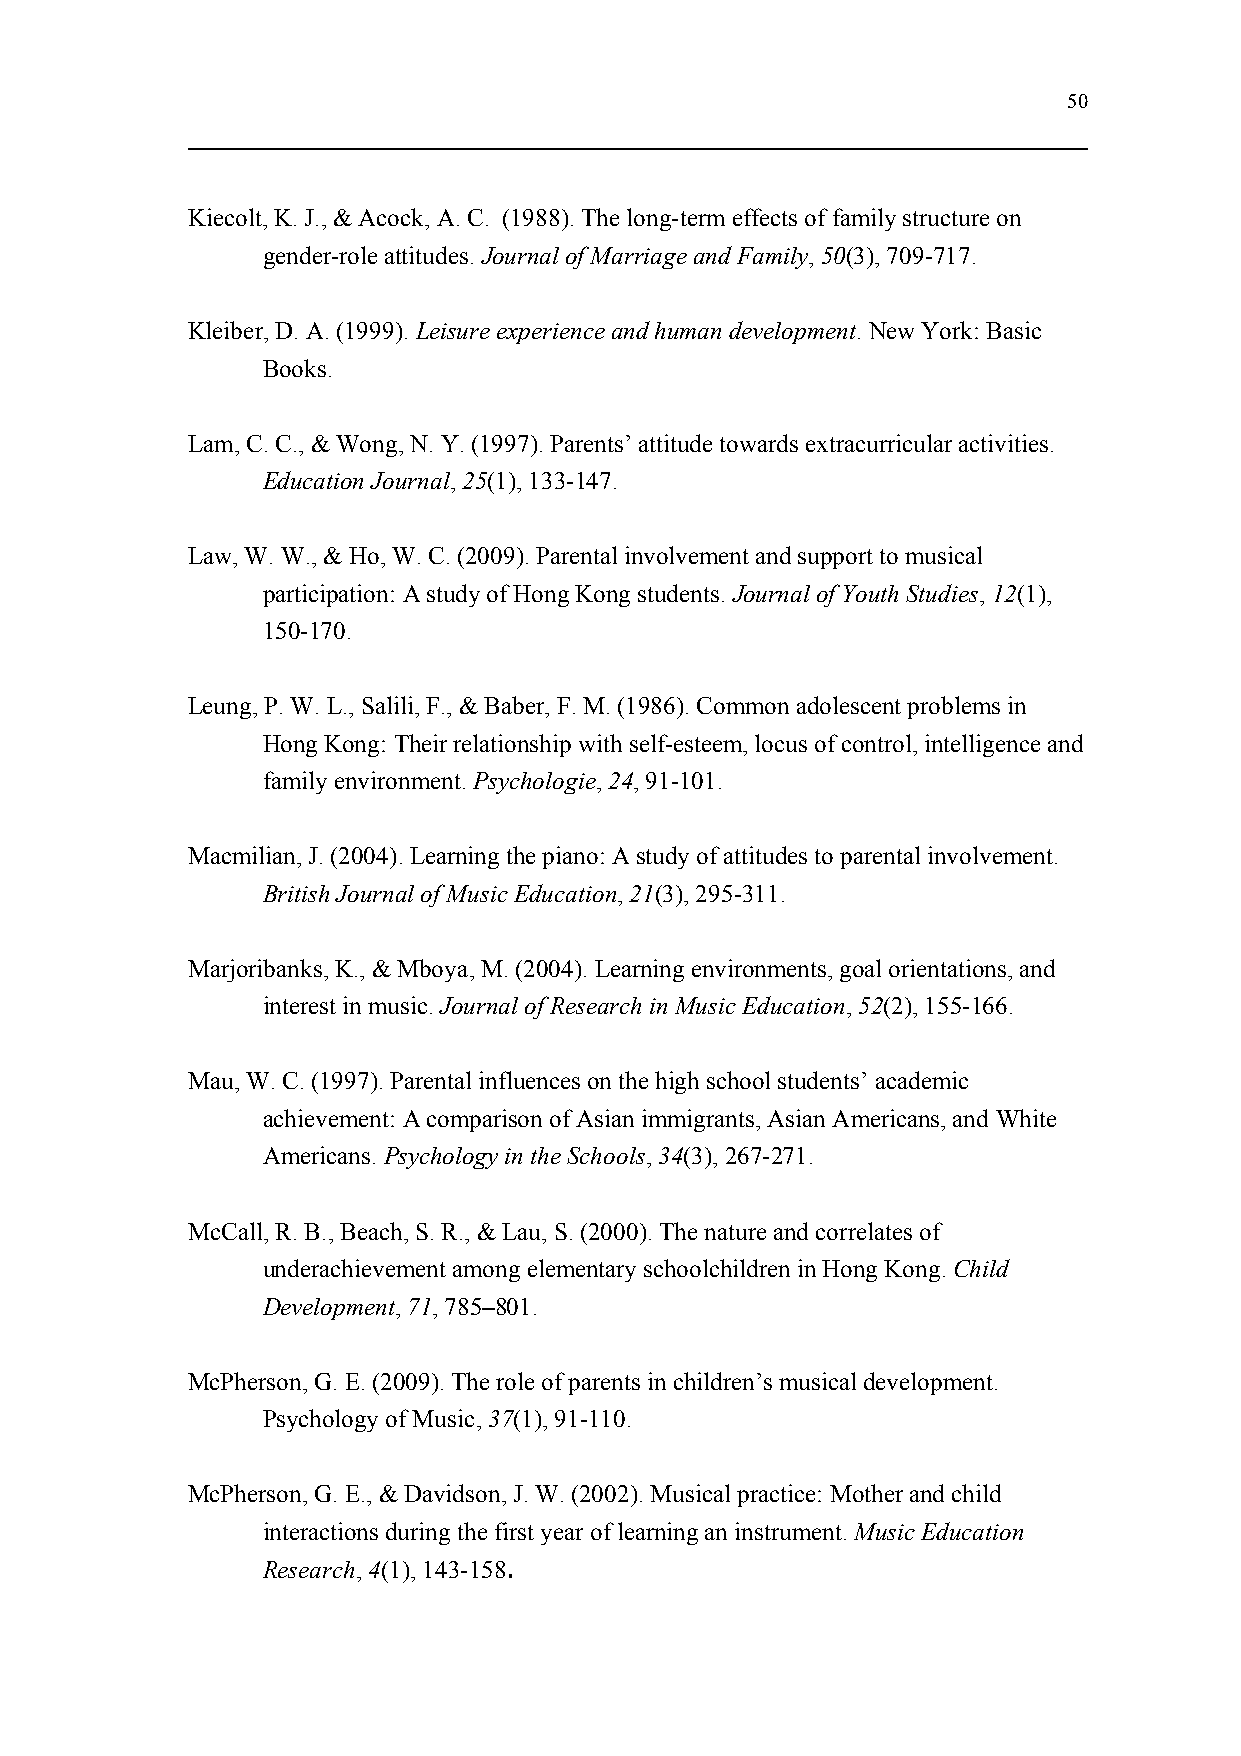
50
 Kiecolt, K. J., & Acock, A. C. (1988). The long-term effects of family structure on
 gender-role attitudes. Journal of Marriage and Family, 50(3), 709-717.
 Kleiber, D. A. (1999). Leisure experience and human development. New York: Basic
 Books.
 Lam, C. C., & Wong, N. Y. (1997). Parents’ attitude towards extracurricular activities.
 Education Journal, 25(1), 133-147.
 Law, W. W., & Ho, W. C. (2009). Parental involvement and support to musical
 participation: A study of Hong Kong students. Journal of Youth Studies, 12(1),
 150-170.
 Leung, P. W. L., Salili, F., & Baber, F. M. (1986). Common adolescent problems in
 Hong Kong: Their relationship with self-esteem, locus of control, intelligence and
 family environment. Psychologie, 24, 91-101.
 Macmilian, J. (2004). Learning the piano: A study of attitudes to parental involvement.
 British Journal of Music Education, 21(3), 295-311.
 Marjoribanks, K., & Mboya, M. (2004). Learning environments, goal orientations, and
 interest in music. Journal of Research in Music Education, 52(2), 155-166.
 Mau, W. C. (1997). Parental influences on the high school students’ academic
 achievement: A comparison of Asian immigrants, Asian Americans, and White
 Americans. Psychology in the Schools, 34(3), 267-271.
 McCall, R. B., Beach, S. R., & Lau, S. (2000). The nature and correlates of
 underachievement among elementary schoolchildren in Hong Kong. Child
 Development, 71, 785–801.
 McPherson, G. E. (2009). The role of parents in children’s musical development.
 Psychology of Music, 37(1), 91-110.
 McPherson, G. E., & Davidson, J. W. (2002). Musical practice: Mother and child
 interactions during the first year of learning an instrument. Music Education
 Research, 4(1), 143-158.